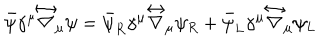
LaTeX: { \bar { \psi } } \gamma ^ { \mu } \stackrel { \leftrightarrow } { \nabla } _ { \mu } \psi = { \bar { \psi } _ { R } } \gamma ^ { \mu } \stackrel { \leftrightarrow } { \nabla } _ { \mu } \psi _ { R } + { \bar { \psi } _ { L } } \gamma ^ { \mu } \stackrel { \leftrightarrow } { \nabla } _ { \mu } \psi _ { L }